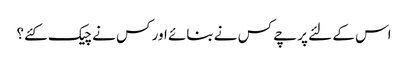
اس کے لئے پرچے کس نے بنائے اور کس نے چیک کئے؟